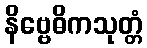
နိဗ္ဗေဓိကသုတ္တံ